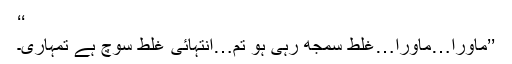
‘‘
’’ماورا…ماورا…غلط سمجھ رہی ہو تم…انتہائی غلط سوچ ہے تمہاری۔